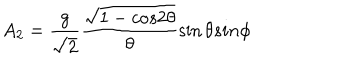
LaTeX: A _ { 2 } = \frac { g } { \sqrt 2 } \frac { \sqrt { 1 - c o s 2 { \theta } } } { { \theta } } \sin { \theta } s i n { \phi }